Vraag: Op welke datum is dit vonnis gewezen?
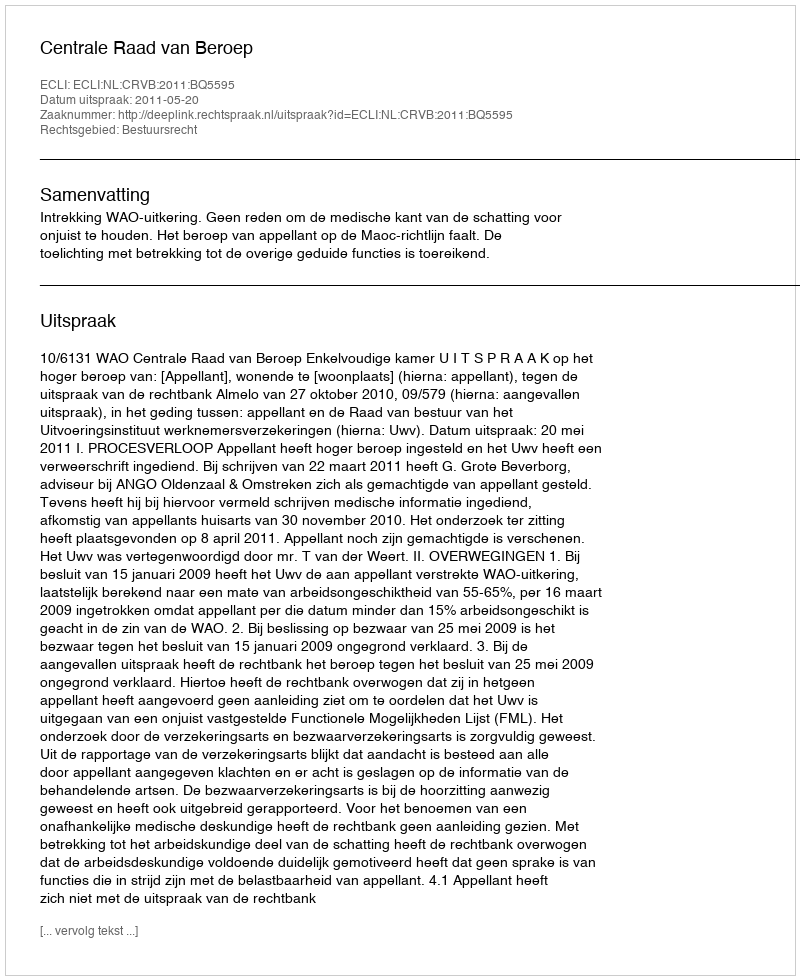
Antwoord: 2011-05-20